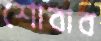
শোবার